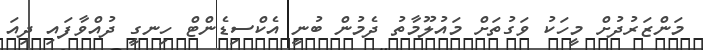
މަންޒަރުދުށް މީހަކު ވަގުތަށް މައުލޫމާތު ދެމުން ބުނީ އެކްސިޑެންޓް ހިނގީ ދުއްވާފައި ދިއަ